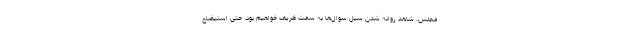
مجلس، شاهد روانه شدن سیل سوال‌ها به سمت ظریف خواهیم بود. حتی استیضاح